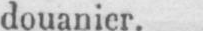
douanier.